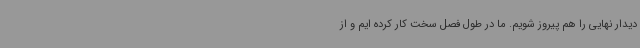
دیدار نهایی را هم پیروز شویم. ما در طول فصل سخت کار کرده ایم و از